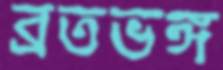
ব্রতভঙ্গ